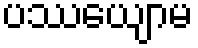
ပဿေယျာမ